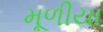
મૂળીયા